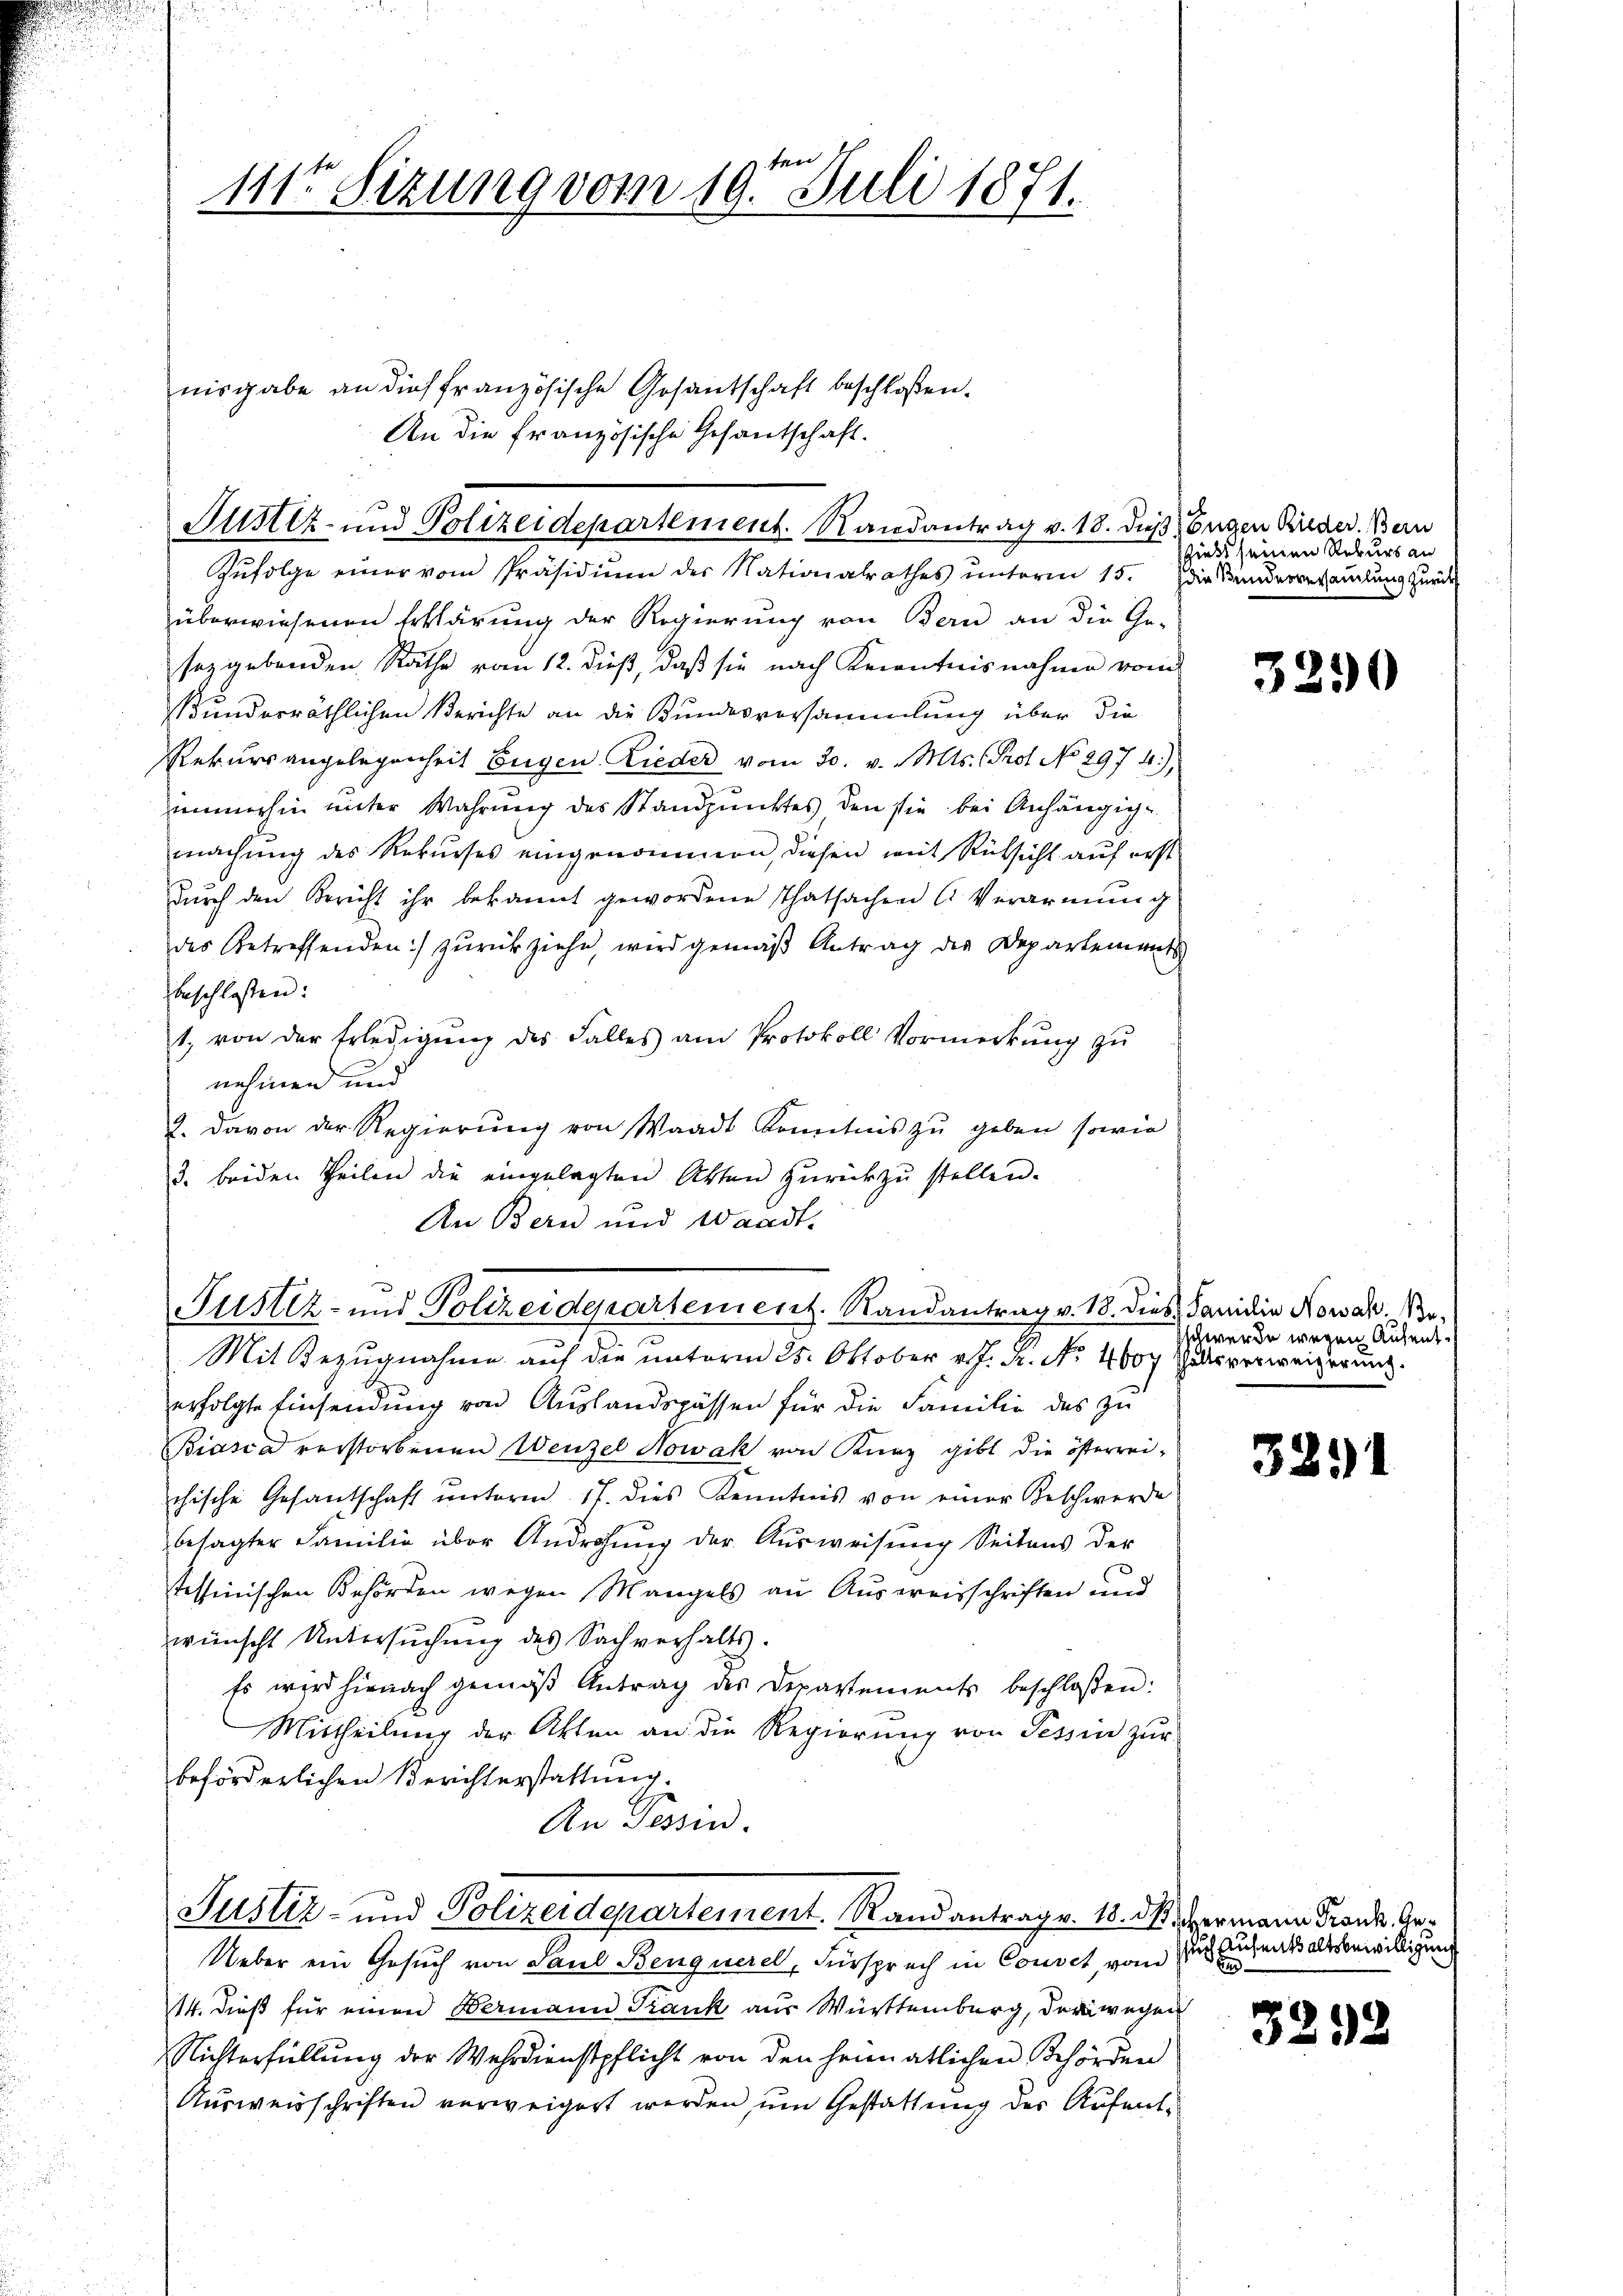
ten
111ten Sizung vom 10. Juli 1871.

nisgabe an dies französische Gesantschaft beschlossen.
An die französische Gesantschaft.

Justiz- und Polizeidepartement. Randantrag v. 18. dieß, Eugen Rieder. Bern

Zŭfolge einer vom Präsidiŭm der Nationalrathes ŭnterm 15. Die Kinderversamlung zurück
überwiesenen Erklärung der Regierung von Bern an die Ge-
sez gebenden Rathe vom 12. dieß, daß sie nach Kenntnisnahme vom
underräthlichen Berichte an die Bundesversammlung über die
Rekursangelegenheit Eugen Lieder vom 30. v. Mts. Prof. No 297 4
immerhin unter Wahrung des Standpunktes, den sie bei Anhängige
machung des Rekurses eingenommen, diesen mit Rücksicht auf erst
dŭrch den Bericht ihr bekannt gewordene Thatsachen Verarmung
des betreffenden:/ zurückziehe, wird gemäß Antrag der Departements
beschlossen:
1. von der Erledigŭng des Falles am Protokoll Vormerkŭng zŭ
nehmen und
2. davon der Regierung von Waadt Kenntnis zu geben sowie
3. beiden Theilen die eingelegten Akten zurückzustellen.
An Bern und Waadt.
Justiz- und Polizeidepartement. Randantrag v. 18. dies Sanidin Nowak e¬
Mit Bezugnahme auf die unterm 25. Oktober v. J. R. No. 4007 als verweigerung.
erfolgte Einsendung von Auslandspassen für die Familie das zu
Biasca verstorbenen Wenzel Nowak von Kurz gibt die österrei-
chische Gesandschaft ŭnterm 17. dies Kenntnis von einer Beschwerde
besagter Familie über Androhung der Ausweisung Seitens der
tessinischen Behörden wegen Mangels an Ausreisschriften und
wünscht Untersŭchŭng des Sachverhalts.
Es wird hienach gemäß Antrag des Departements beschloßen:
Mittheilung der Akten an die Regierung von Tessin zur
beförderlichen Berichterstattung.
An Tessin.

Justiz- und Polizeidepartement. Randantrage. 18. d. Hermann Franke, Ge¬

shielt seinen Rekurs an

Ueber ein Gesuch von Paul Benquerel, Fürspruch in Couvet, vom
14. Dieß für einen Bermann Trank aus Württemberg, der wegen
Nichterfüllung der Wehrdienstpflicht von den heimatlichen Behörden
Ausweisschriften verweigert werden, um Gestattung der Aufent¬

3290

schwerde wegen Aufent¬

32)

such Aufenthaltsbewilligung
un

3292